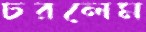
চরলেম